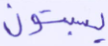
يسبتون